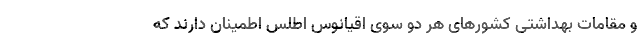
و مقامات بهداشتی کشورهای هر دو سوی اقیانوس اطلس اطمینان دارند که